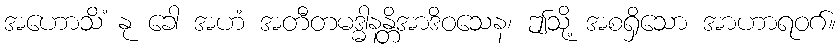
အဟောသိံ နု ခေါ အဟံ အတီတမဒ္ဓါနန္တိအာဒိဝသေန၊ ဤသို့ အစရှိသော အာဟာရဝဂ်။